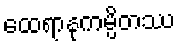
ထေရာနုကမ္ပိတဿ